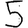
Digit: 5